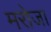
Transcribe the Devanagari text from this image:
मरोजा